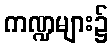
ကဏ္ဍများ၌